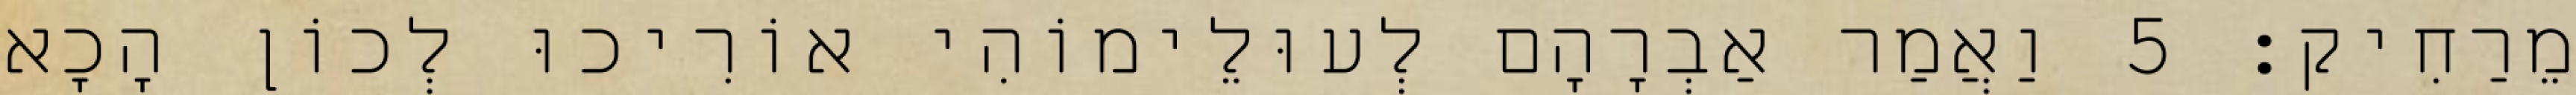
מֵרַחִיק׃ 5 וַאֲמַר אַבְרָהָם לְעוּלֵימוֹהִי אוֹרִיכוּ לְכוֹן הָכָא